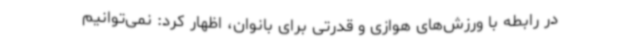
در رابطه با ورزش‌های هوازی و قدرتی برای بانوان، اظهار کرد: نمی‌توانیم